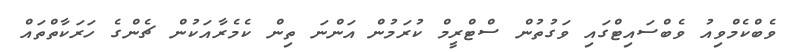
ވެބްކެމްވިއު ވެބްސައިޓްގައި ވަގުތުން ސްޓްރީމް ކުރަމުން އަންނަ ތިން ކެމެރާއަކުން ޗެންގެ ހަރަކާތްތައް